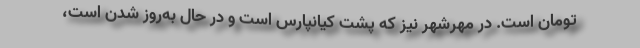
تومان است. در مهرشهر نیز که پشت کیانپارس است و در حال به‌روز شدن است،